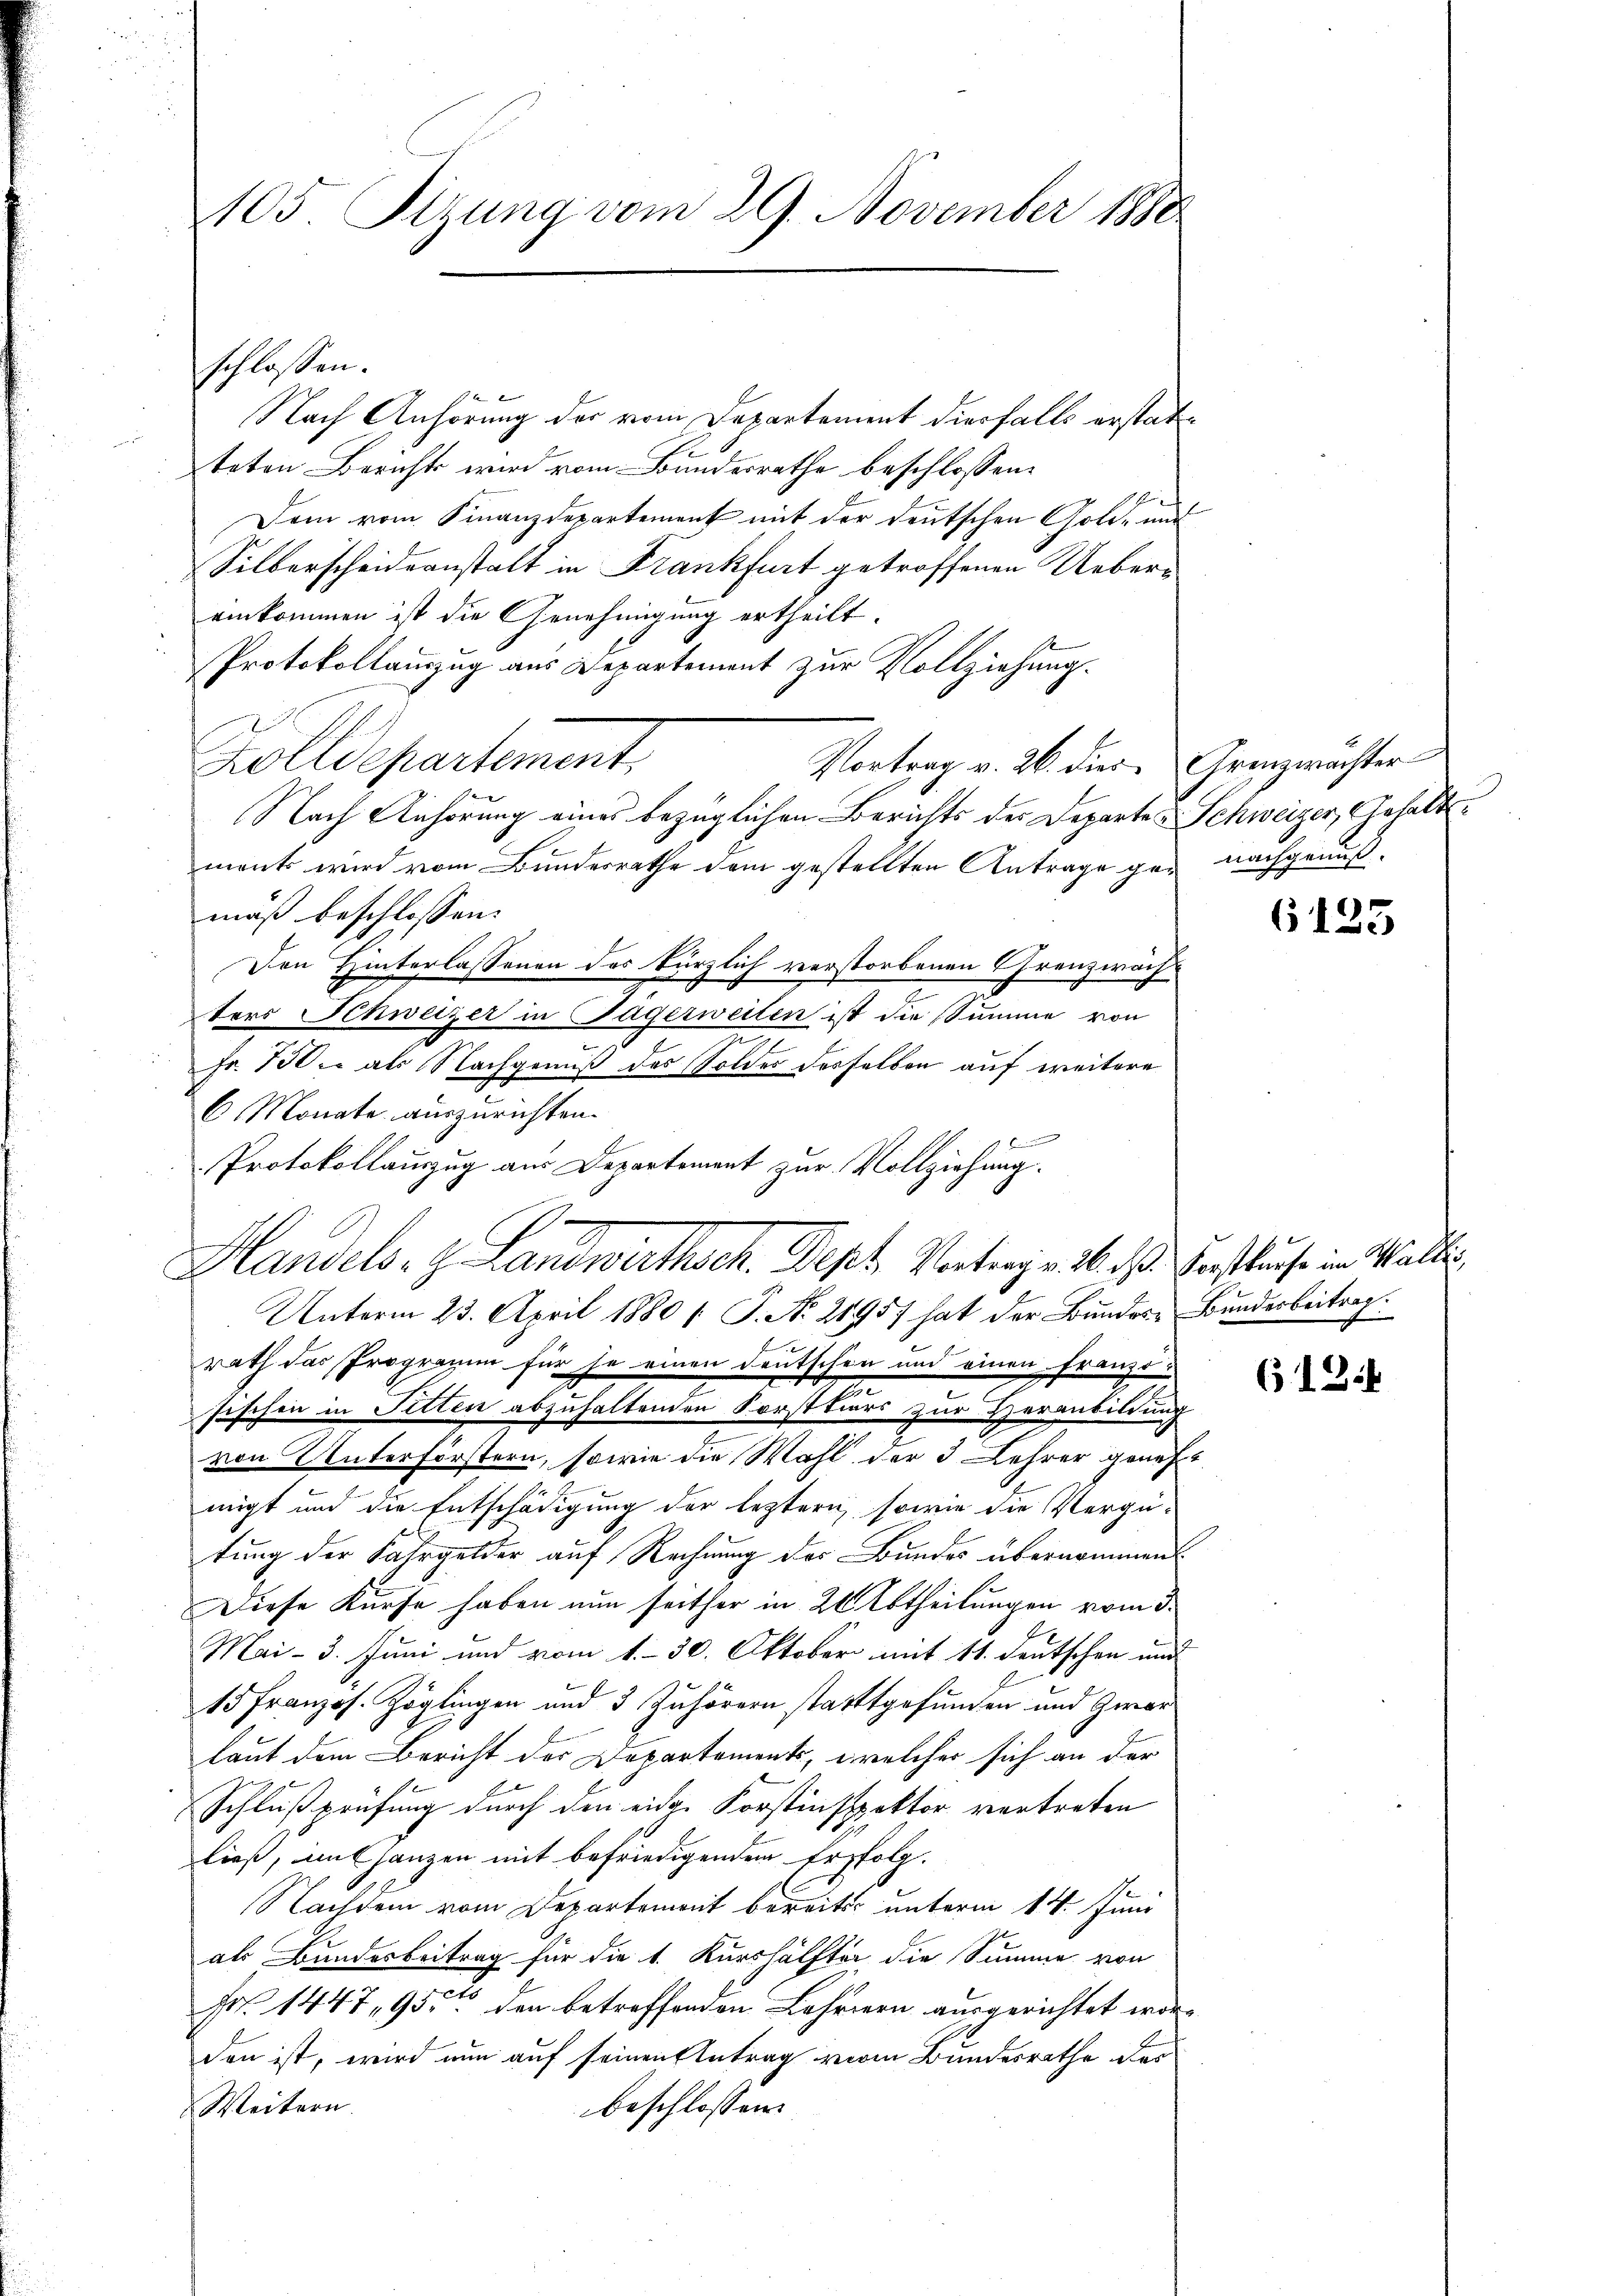
105 Sizung vom 29. November 1880

schlossen.

Nach Anhörung der vom Departement diesfalls erstatteten Berichts wird vom Bundesrathe beschlossen:
Dem vom Finanzdepartement mit der deutschen Gold- und
Silberscheideanstalt in Frankfurt getroffenen Uebers
einkommen ist die Genehmigung ertheilt.
Protokollauszug aus Departement zur Vollziehung.
Zolldepartement
Vortrag v. 26. dies Arenzwachter
Nach Anhörung eines bezüglichen Berichts der Departen Schweizer, Gehaltsment wird vom Bundesrathe dem gestellten Antrage gen nachgenußmuß beschlossen:
Don Hinterlassenen des kürzlich verstorbenen Franzwächters Schweizer in Jägerweilen ist die Summe von
Fr. 750. als Nachgenuß des Solder derselben auf weitere
6 Monate auszurichten.
Protokollauszug aus Departement zur Vollziehung.
Unterm 23. April 1880 / P. No. 21957 hat der Bundes- Bunderbeitrag:
rath das Programm für je einen Deutschen und einen Franzö-
fischen in Sitten abzuhaltenden Forsttiers zur Heranbildung
von Unterförstern, sowie die Wahl der 3 Lehrer geneh
migt und die Entschädigung der letztern, sowie die Vergü-
tung der Fahrgelder auf Rechnung des Bundes übernommen
Diese Kurse haben nun seither in 20 Abtheilungen vom 3.
Mai- 3. Juni und vom 1. 30. Oktober mit 11. deutschen und
15 Franzos. Zöglingen und 3 Zuhörern stattgefunden und zwar
laut dem Bericht des Departements, welcher sich an der
Schlußprüfung durch den eidge Forstinspektor vertreten
ließ, mit ganzen mit befriedigenden Erfolg.
Nachdem vom Departement bereits unterm 14. Juni
als Bundesbeitrag für die 1. Kurshälfter die Summe von
Nr. 1447, 95. den betreffenden Lehrern ausgerichtet worden ist, wird nun auf seinen Antrag vom Bundesrathe der
beschlossen:
Weitern.

Handels- & Landwirthsch. Dept. Vortrag v. M. das Forstause in Walli

6125

613.